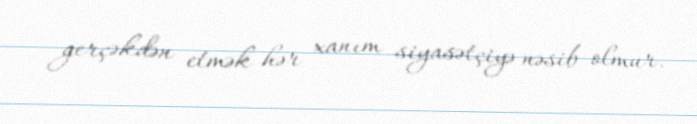
gerçəkdən etmək hər xanım siyasətçiyə nəsib olmur.